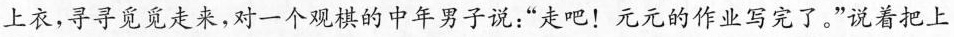
上衣，寻寻觅觅走来，对一个观棋的中年男子说：“走吧！元元的作业写完了。”说着把上